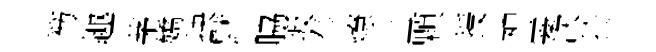
笏趣茅嬌抉默脇坂奉燎皿顆授神霎次扵